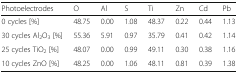
<table><thead><tr><td><b>Photoelectrodes</b></td><td><b>O</b></td><td><b>Al</b></td><td><b>S</b></td><td><b>Ti</b></td><td><b>Zn</b></td><td><b>Cd</b></td><td><b>Pb</b></td></tr></thead><tbody><tr><td>0 cycles [%]</td><td>48.75</td><td>0.00</td><td>1.08</td><td>48.37</td><td>0.22</td><td>0.44</td><td>1.13</td></tr><tr><td>30 cycles Al<sub>2</sub>O<sub>3</sub> [%]</td><td>55.36</td><td>5.91</td><td>0.97</td><td>35.79</td><td>0.41</td><td>0.42</td><td>1.14</td></tr><tr><td>25 cycles TiO<sub>2</sub> [%]</td><td>48.07</td><td>0.00</td><td>0.99</td><td>49.11</td><td>0.30</td><td>0.38</td><td>1.16</td></tr><tr><td>10 cycles ZnO [%]</td><td>48.25</td><td>0.00</td><td>1.06</td><td>48.11</td><td>0.81</td><td>0.39</td><td>1.38</td></tr></tbody></table>